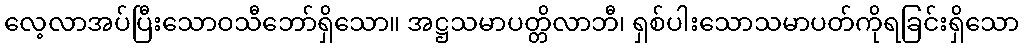
လေ့လာအပ်ပြီးသောဝသီဘော်ရှိသော။ အဋ္ဌသမာပတ္တိလာဘီ၊ ရှစ်ပါးသောသမာပတ်ကိုရခြင်းရှိသော